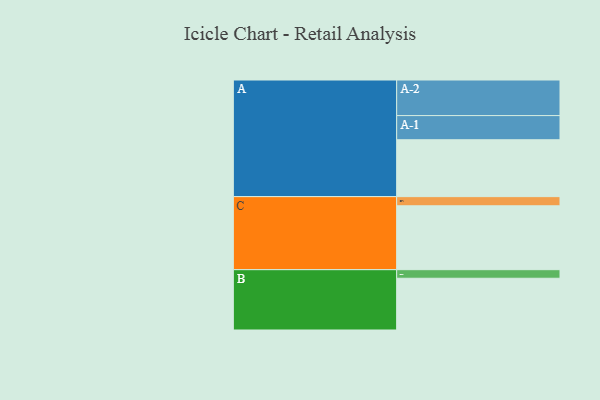
{"axis": {"x": "Segment", "y": "Value"}, "legend": ["", "A", "B", "C"], "data": [{"x": "A", "y": 398, "type": ""}, {"x": "B", "y": 362, "type": ""}, {"x": "C", "y": 447, "type": ""}, {"x": "A-1", "y": 169, "type": "A"}, {"x": "A-2", "y": 249, "type": "A"}, {"x": "B-1", "y": 60, "type": "B"}, {"x": "C-1", "y": 64, "type": "C"}]}